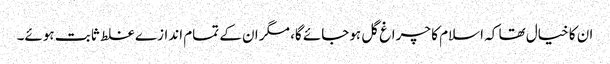
ان کا خیال تھا کہ اسلام کا چراغ گل ہوجائے گا، مگر ان کے تمام اندازے غلط ثابت ہوئے۔